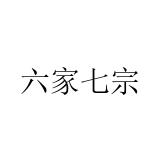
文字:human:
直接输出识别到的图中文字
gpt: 六家七宗